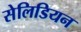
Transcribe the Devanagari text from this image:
सेलिडियन